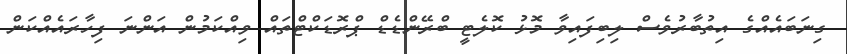
ގިނަބައެއްގެ އިތުބާރުވެސް ލިބިފައިވާ މޮޅު ކޮލެޓީ ބްރޭންޑެޑް ޕްރޮޑަކްޓްތައް ވިއްކަމުން އަންނަ ފިހާރައެއްކަން